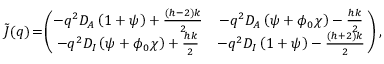
\begin{array} { r } { \tilde { \boldsymbol { J } } ( \boldsymbol q ) \! = \! \left( \! \! \! \begin{array} { c c } { - q ^ { 2 } D _ { A } \left( 1 + \psi \right) + \frac { ( h - 2 ) k } { 2 } } & { - q ^ { 2 } D _ { A } \left( \psi + \phi _ { 0 } \chi \right) - \frac { h k } { 2 } } \\ { - q ^ { 2 } D _ { I } \left( \psi + \phi _ { 0 } \chi \right) + \frac { h k } { 2 } } & { - q ^ { 2 } D _ { I } \left( 1 + \psi \right) - \frac { ( h + 2 ) k } { 2 } } \end{array} \! \! \right) , } \end{array}